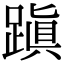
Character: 蹎